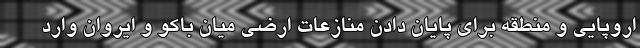
اروپایی و منطقه برای پایان دادن منازعات ارضی میان باکو و ایروان وارد